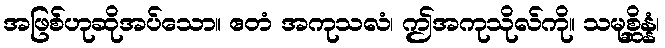
အဖြစ်ဟုဆိုအပ်သော။ ဧတံ အကုသလံ၊ ဤအကုသိုလ်ကို။ သမုစ္ဆိန္နံ၊